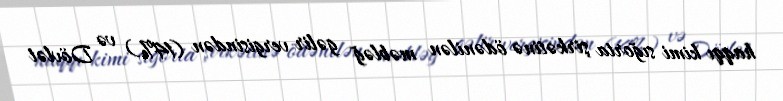
haqqı kimi sığorta şirkətinə ödənilən məbləğ gəlir vergisindən (14%) və Dövlət